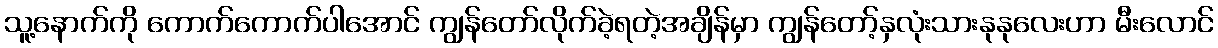
သူ့နောက်ကို ကောက်ကောက်ပါအောင် ကျွန်တော်လိုက်ခဲ့ရတဲ့အချိန်မှာ ကျွန်တော့်နှလုံးသားနုနုလေးဟာ မီးလောင်